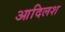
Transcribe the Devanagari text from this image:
आदिलश